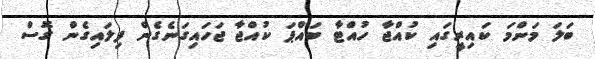
ބަލަ މަންމަ ކައިރީގައި ކުއްޖާ ހުއްޓާ ބައްޕަ ކުއްޖާ ޖަހައިގަނެގެން ފިލައިގެން ގޮސް